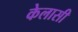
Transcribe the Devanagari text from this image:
केलासी